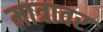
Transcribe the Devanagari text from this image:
मात्रावर